Report on vaccination in Madras 1904-1921 - 1904-1921
Year: 1904
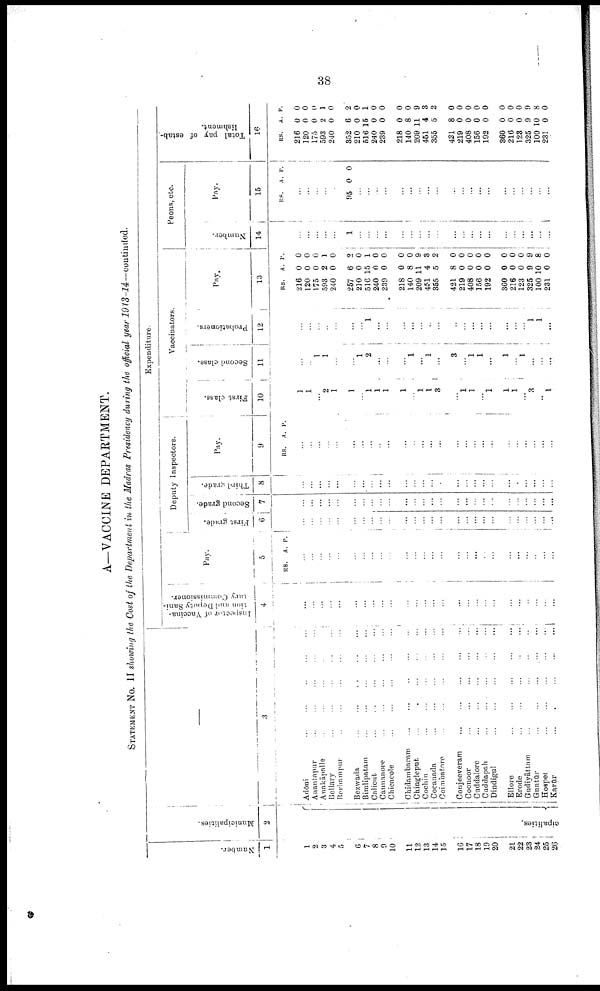
38
A—VACCINE DEPARTMENT.
STATEMENT No. II showing the Cost of the Department in the Madras Presidency during the official year
1913-14—continued.
Number.
1
1
2
3
4
5
6
7
8
9
10
11
12
13
14
15
16
17
18
19
20
21
22
23
24
25
26
Municipalities.
2
cipalities.
—
3
Adōni
...
...
...
...
...
Anantapur ... ... ... ... ...
Anakāpalle ... ... ... ... ...
Bellary
...
...
...
...
...
Berhampur ... ... ... ... ...
Bezwada
...
...
...
...
...
Bimlipatam
...
...
...
...
...
Calicut ... ... ... ... ...
Cannanore ... ... ... ... ...
Chicacole
...
...
...
...
...
Chidambaram
...
...
...
...
...
Chingleput
...
...
...
...
...
Cochin ... ... ... ... ...
Cocanada ... ... ... ... ...
Coimbatore
...
...
...
...
...
Conjeeveram
...
...
...
...
...
Coonoor
...
...
...
...
...
Cuddalore
...
...
...
...
...
Cuddapah
...
...
...
...
...
Dindigul
...
...
...
...
...
Ellore
...
...
...
...
...
Erode
...
...
...
...
...
Gudiyāttam
...
...
...
...
...
Guntūr ... ... ... ... ...
Hospet
...
...
...
...
...
Karūr
...
...
...
...
...
Expenditure.
Inspector of Vaccina-
tion and Deputy Sani-
tary Commissioner.
4
...
...
...
...
...
...
...
...
...
...
...
...
...
...
...
...
...
...
...
...
...
...
...
...
...
...
Pay.
5
RS. A. P.
...
...
...
...
...
...
...
...
...
...
...
...
...
...
...
...
...
...
...
...
...
...
...
...
...
...
Deputy inspectors.
First grade.
6
...
...
...
...
...
...
...
...
...
...
...
...
...
...
...
...
...
...
...
...
...
...
...
...
...
...
Second grade.
7
...
...
...
...
...
...
...
...
...
...
...
...
...
...
...
...
...
...
...
...
...
...
...
...
...
...
Third grade.
8
...
...
...
...
...
...
...
...
...
...
...
...
...
...
...
...
...
...
...
...
...
...
...
...
...
...
Pay.
9
RS. A. P.
...
...
...
...
...
...
...
...
...
...
...
...
...
...
...
...
...
...
...
...
...
...
...
...
...
...
Vaccinators.
First class.
10
1
1
...
2
1
1
...
1
1
1
1
...
1
1
3
...
1
1
...
1
1
1
...
3
...
1
Second class.
11
...
...
1
1
...
...
1
2
...
...
...
1
...
1
...
3
...
1
1
...
1
...
1
...
...
...
Probationers.
12
...
...
...
...
...
...
...
1
...
...
...
...
...
...
...
...
...
...
...
...
...
...
...
1
1
...
Pay.
13
RS.
216
120
175
593
240
257
210
516
240
239
218
140
209
451
355
421
219
408
156
192
360
216
123
325
100
231
A.
0
0
0
2
0
6
0
15
0
0
0
8
11
4
5
8
0
0
0
0
0
0
0
9
10
0
P.
0
0
0
1
0
2
0
1
0
0
0
0
9
3
2
0
0
0
0
0
0
0
0
9
8
0
Peons, etc.
Number.
14
...
...
...
...
...
1
...
...
...
...
...
...
...
...
...
...
...
...
...
...
...
...
...
...
...
...
Pay.
15
RS. A. P.
...
...
...
...
...
95 0 0
...
...
...
...
...
...
...
...
...
...
...
...
...
...
...
...
...
...
...
...
Total pay of estab-
lishment.
16
RS.
216
120
175
593
240
352
210
516
240
239
218
140
209
451
355
421
219
408
156
192
360
216
128
325
100
231
A.
0
0
0
2
0
6
0
15
0
0
0
8
11
4
5
8
0
0
0
0
0
0
0
9
10
0
P.
0
0
0
1
0
2
0
1
0
0
0
0
9
3
2
0
0
0
0
0
0
0
0
9
8
0